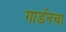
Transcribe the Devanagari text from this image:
गार्डनचा